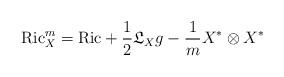
LaTeX: \begin{align*}\mathrm{Ric}^m_X=\mathrm{Ric}+\frac{1}{2}{\mathfrak L}_Xg-\frac{1}{m}X^*\otimes X^*\end{align*}